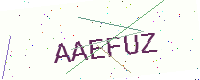
Text: AAEFUZ